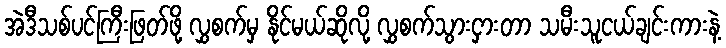
အဲဒီသစ်ပင်ကြီးဖြတ်ဖို့ လွှစက်မှ နိုင်မယ်ဆိုလို့ လွှစက်သွားငှားတာ သမီးသူငယ်ချင်းကားနဲ့